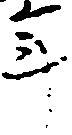
年